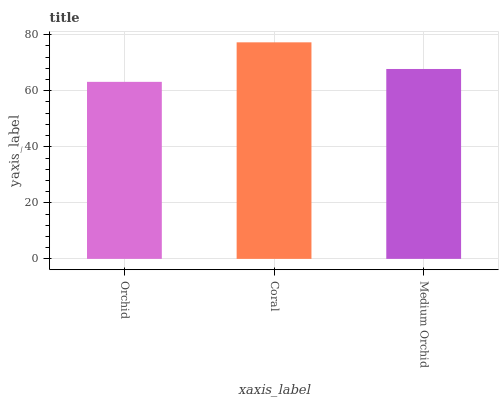
| xaxis_label | bars |
 | --- | --- |
 | Orchid | 63.2 |
 | Coral | 77.3 |
 | Medium Orchid | 67.8 |